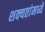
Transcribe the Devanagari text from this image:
शक्यतांमध्ये